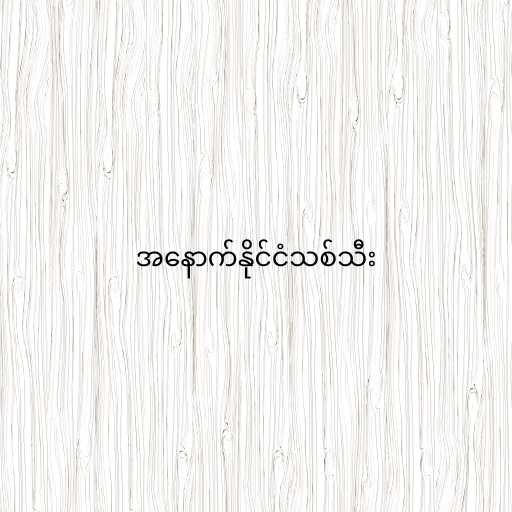
အနောက်နိုင်ငံသစ်သီး